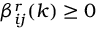
\beta _ { i j } ^ { r } ( k ) \geq 0